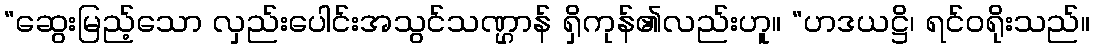
“ဆွေးမြည့်သော လှည်းပေါင်းအသွင်သဏ္ဌာန် ရှိကုန်၏လည်းဟူ။ “ဟဒယဋ္ဌိ၊ ရင်ဝရိုးသည်။